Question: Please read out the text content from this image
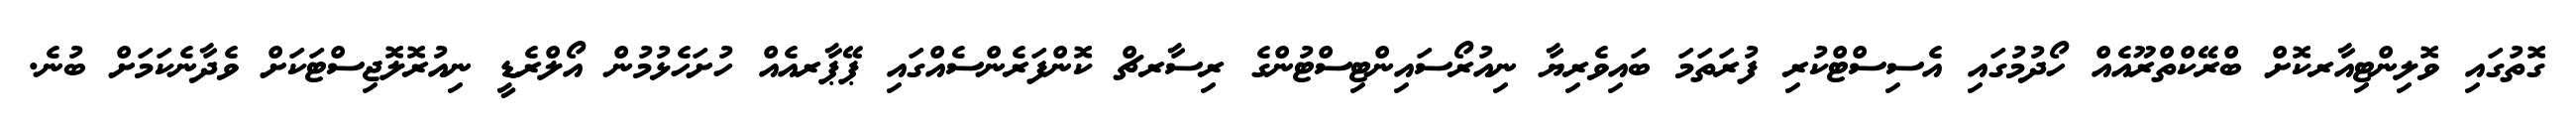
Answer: ގޮތުގައި ވޮލިންޓިއާރކޮށް ބްރޭކްތްރޫއެއް ހޯދުމުގައި އެސިސްޓްކުރި ފުރަތަމަ ބައިވެރިޔާ ނިއުރޯސައިންޓިސްޓުންގެ ރިސާރޗް ކޮންފަރެންސެއްގައި ޕޭޕާރއެއް ހުށަހެޅުމުން އޯލްރެޑީ ނިއުރޮލޮޖިސްޓަކަށް ވެދާނެކަމަށް ބުނެ.